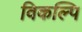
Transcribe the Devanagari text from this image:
विकल्पि